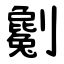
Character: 劖